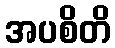
အပစိတိ